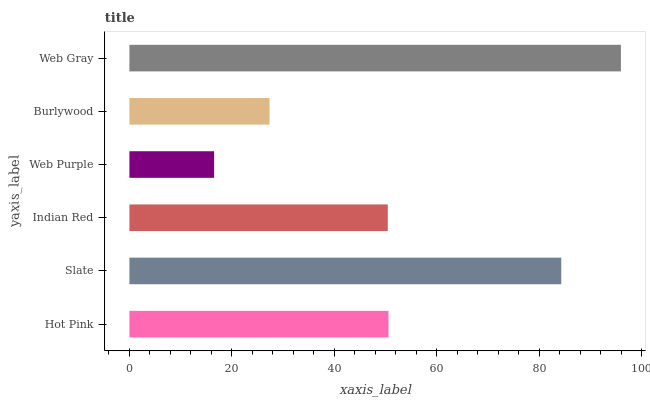
| yaxis_label | bars |
 | --- | --- |
 | Hot Pink | 50.5 |
 | Slate | 84.3 |
 | Indian Red | 50.4 |
 | Web Purple | 16.5 |
 | Burlywood | 27.3 |
 | Web Gray | 95.9 |